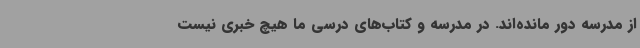
از مدرسه دور مانده‌اند. در مدرسه و کتاب‌های درسی ما هیچ خبری نیست